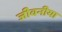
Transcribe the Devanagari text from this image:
जीवनीया